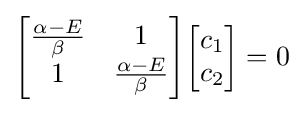
{\begin{bmatrix}{\frac {\alpha -E}{\beta }}&1\\1&{\frac {\alpha -E}{\beta }}\\\end{bmatrix}}{\begin{bmatrix}c_{1}\\c_{2}\\\end{bmatrix}}=0